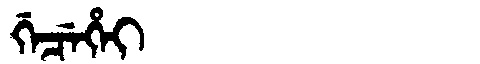
Manchu: ᡤᡝᠴᡝᡥᡝᡳ
Romanization: GECEHEI